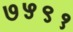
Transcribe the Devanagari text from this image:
७५९१